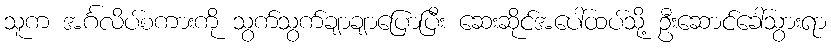
သူက အင်္ဂလိပ်စကားကို သွက်သွက်ချာချာပြောပြီး ဆေးဆိုင်အပေါ်ထပ်သို့ ဦးဆောင်ခေါ်သွားရာ